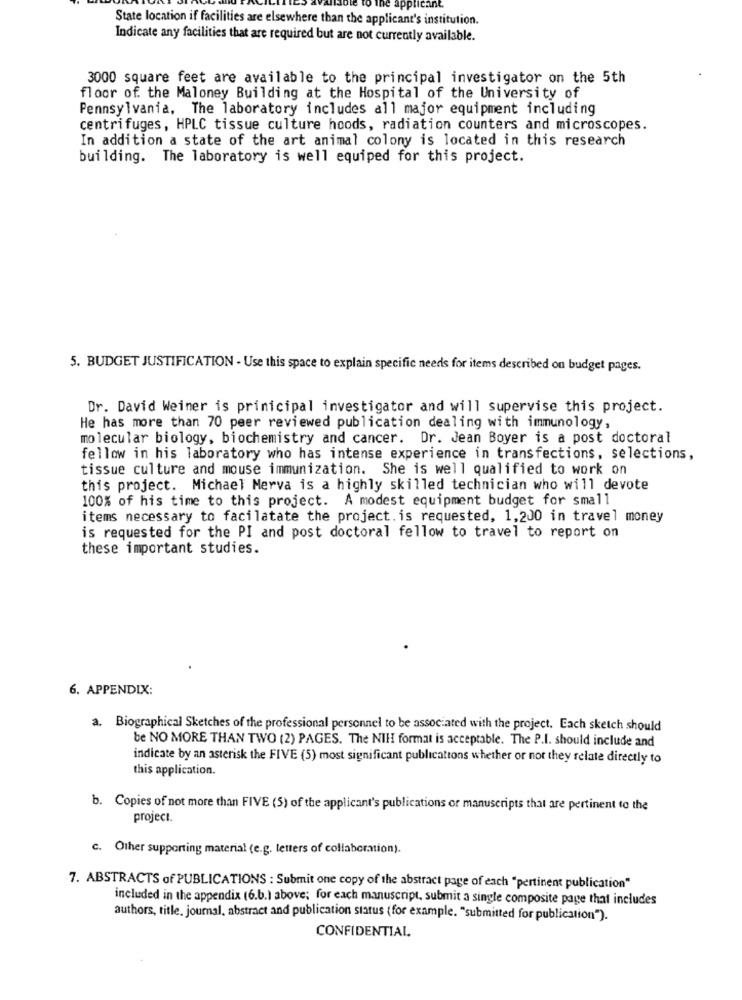
applicant.
State location if facilities are elsewhere than the applicant's institution.
Indicate any facilities that are required but are not currently available.
3000 square feet are available to the principal investigator on the 5th
floor of the Maloney Building at the Hospital of the University of
Pennsylvania, The laboratory includes all major equipment including
centrifuges, HPLC tissue culture hoods, radiation counters and microscopes.
In addition a state of the art animal colony is located in this research
building. The laboratory is well equiped for this project.
5. BUDGET JUSTIFICATION - Use this space to explain specific needs for items described on budget pages.
Dr. David Weiner is prinicipal investigator and will supervise this project.
He has more than 70 peer reviewed publication dealing with immunology,
molecular biology, biochemistry and cancer. Dr. Jean Boyer is a post doctoral
fellow in his laboratory who has intense experience in transfections, selections,
tissue culture and mouse immunization. She is well qualified to work on
this project. Michael Merva is a highly skilled technician who will devote
100% of his time to this project. A modest equipment budget for small
items necessary to facilatate the project. is requested, 1,200 in travel money
is requested for the PI and post doctoral fellow to travel to report on
these important studies.
6. APPENDIX:
a. Biographical Sketches of the professional personnel to be associated with the project. Each sketch should
be NO MORE THAN TWO (2) PAGES. The NIH format is acceptable. The P.I. should include and
indicate by an asterisk the FIVE (5) most significant publications whether or not they relate directly to
this application.
b. Copies of not more than FIVE (5) of the applicant's publications or manuscripts that are pertinent to the
project.
c. Other supporting material (e.g. letters of collaboration).
7. ABSTRACTS of PUBLICATIONS : Submit one copy of the abstract page of each "pertinent publication"
included in the appendix (6.b.) above; for each manuscript, submit a single composite page that includes
authors, title, journal, abstract and publication status (for example. "submitted for publication").
CONFIDENTIAL.